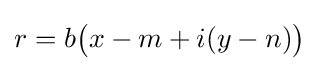
r=b{\bigl (}x-m+i(y-n){\bigr )}